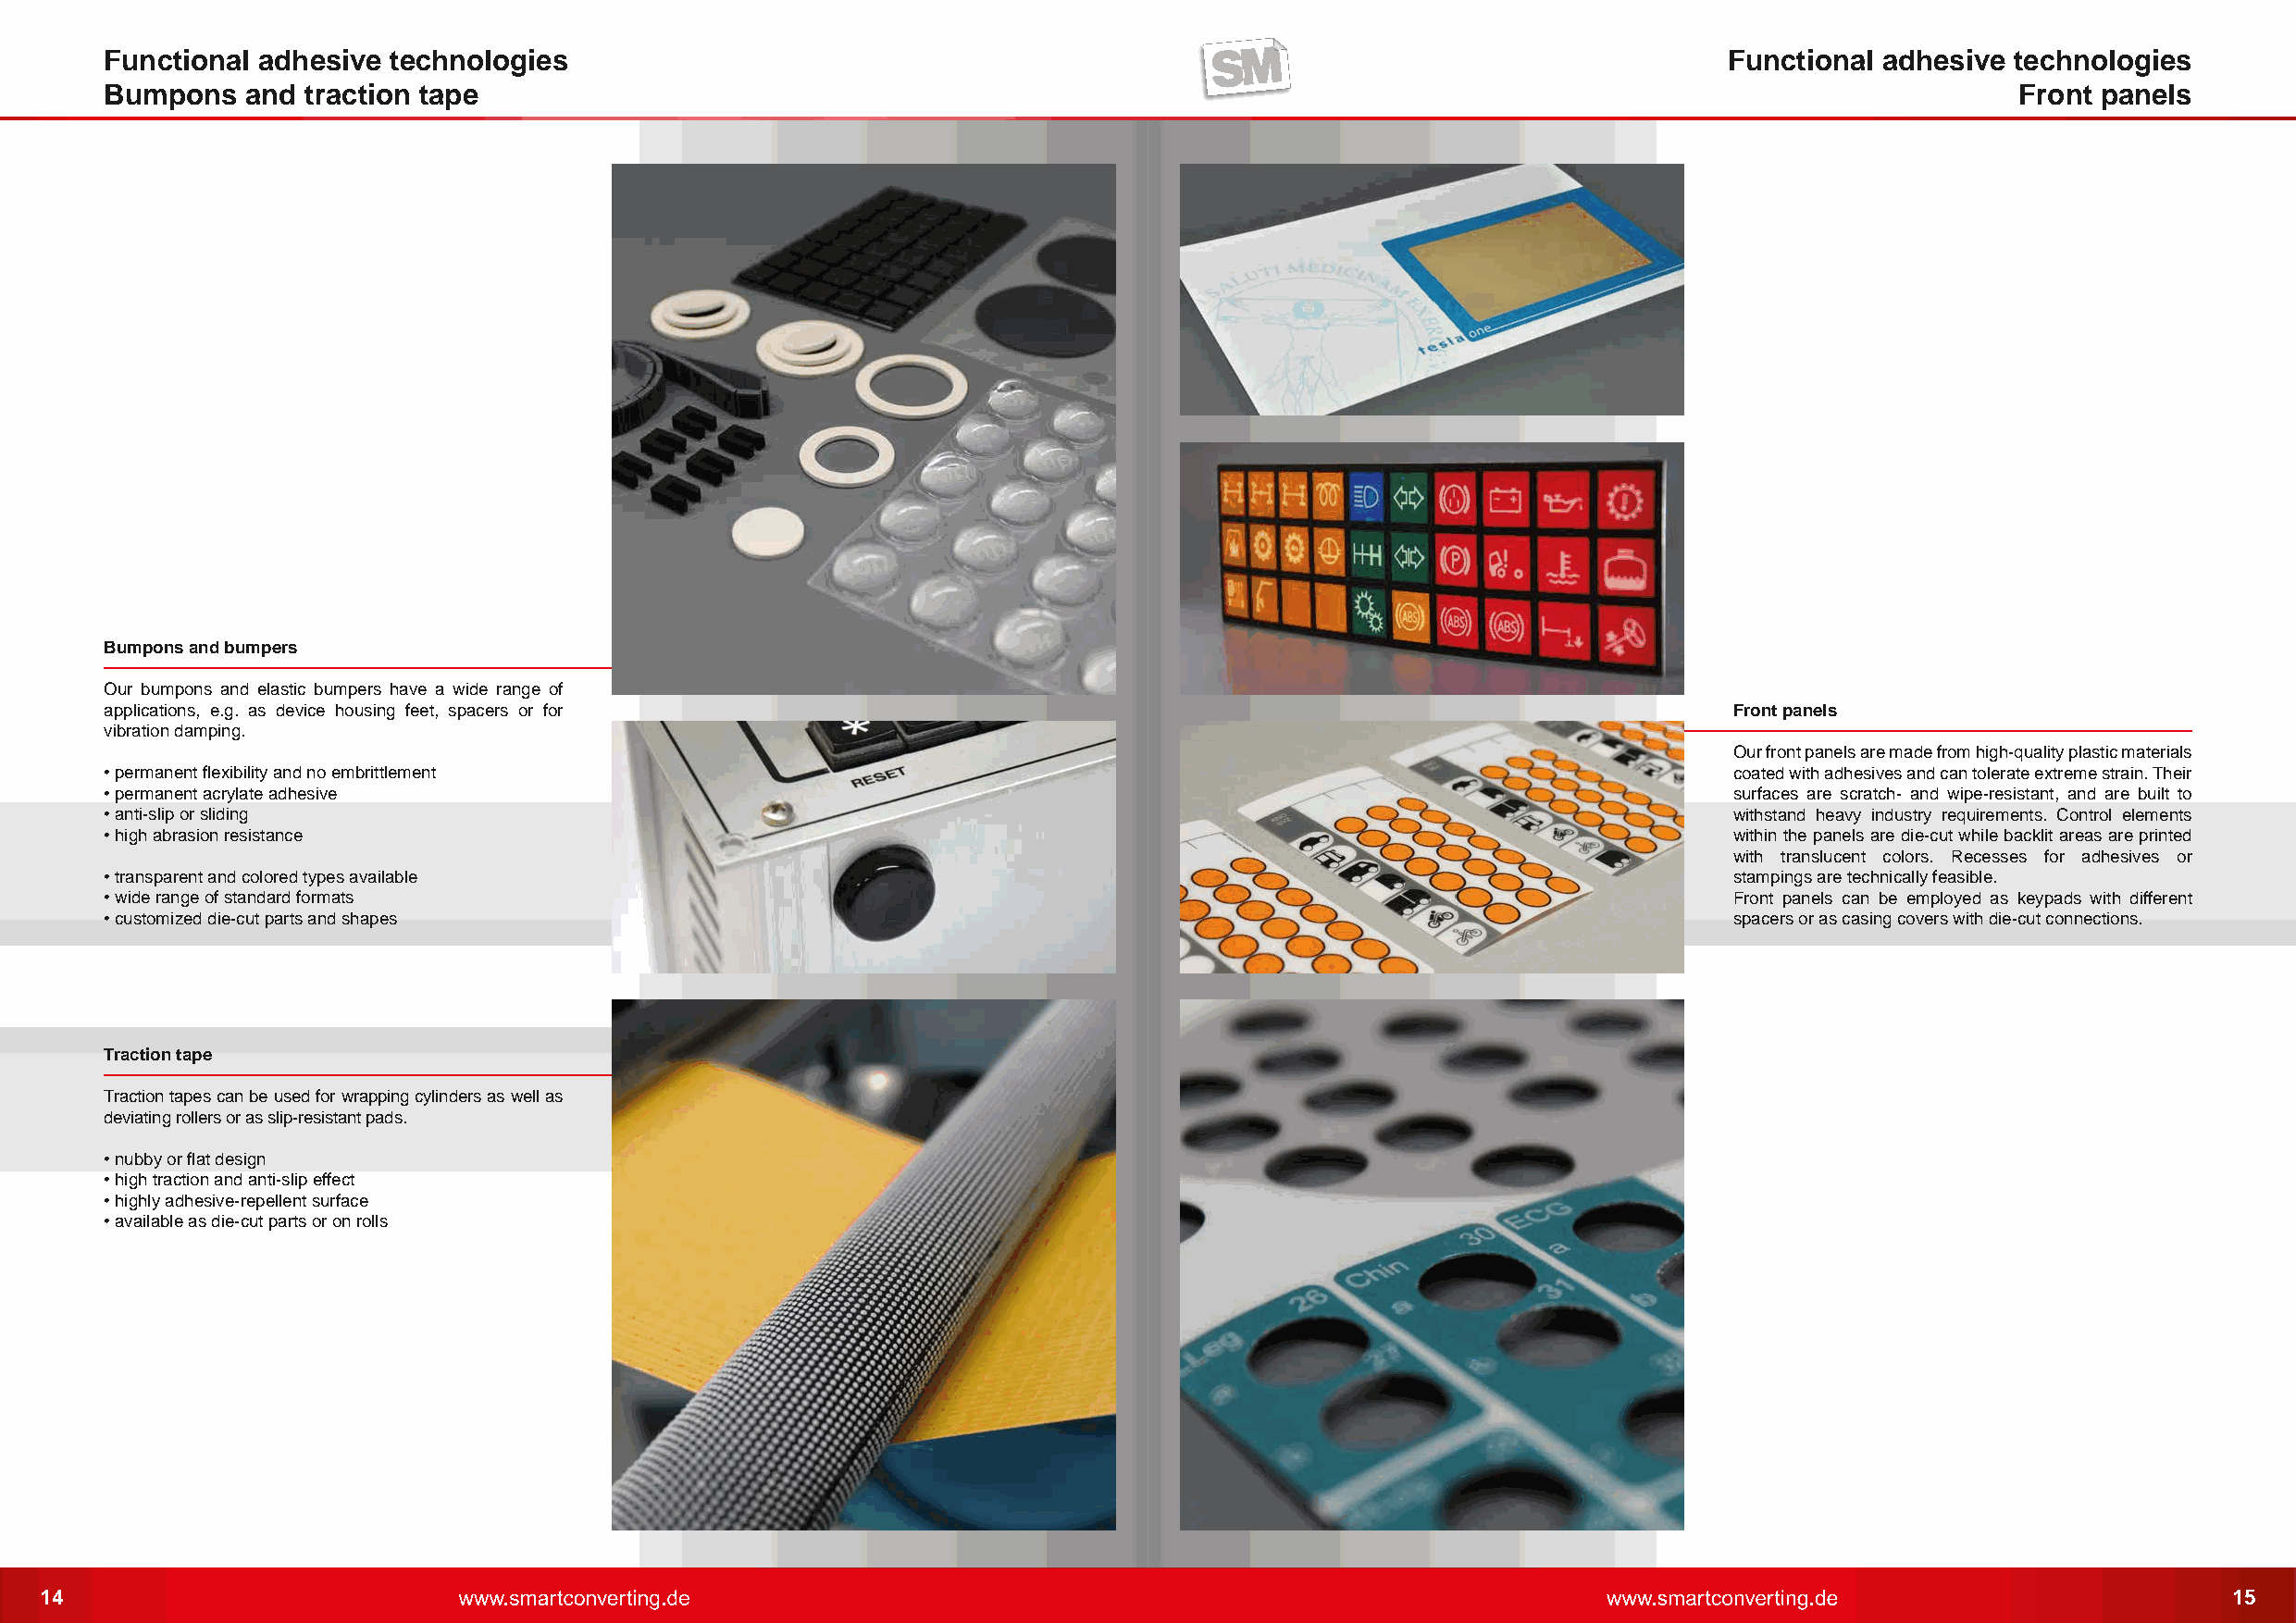
Functional adhesive  technologies                                                                                    Functional adhesive technologies
 Bumpons    and traction tape                                                                                                             Front panels
 Bumpons and bumpers
 Our bumpons and elastic bumpers have a wide range of
 applications, e.g. as device housing feet, spacers or for                                                            Front panels
 vibration damping.
 Our front panels are made from high-quality plastic materials
 • permanent flexibility and no embrittlement                                                                         coated with adhesives and can tolerate extreme strain. Their
 • permanent acrylate adhesive                                                                                        surfaces are scratch- and wipe-resistant, and are built to
 • anti-slip or sliding                                                                                               withstand heavy industry requirements. Control elements
 • high abrasion resistance                                                                                           within the panels are die-cut while backlit areas are printed
 with translucent colors. Recesses for adhesives or
 • transparent and colored types available                                                                            stampings are technically feasible.
 • wide range of standard formats                                                                                     Front panels can be employed as keypads with different
 • customized die-cut parts and shapes                                                                                spacers or as casing covers with die-cut connections.
 Traction tape
 Traction tapes can be used for wrapping cylinders as well as
 deviating rollers or as slip-resistant pads.
 • nubby or flat design
 • high traction and anti-slip effect
 • highly adhesive-repellent surface
 • available as die-cut parts or on rolls
 14                                                                                                                                                           15